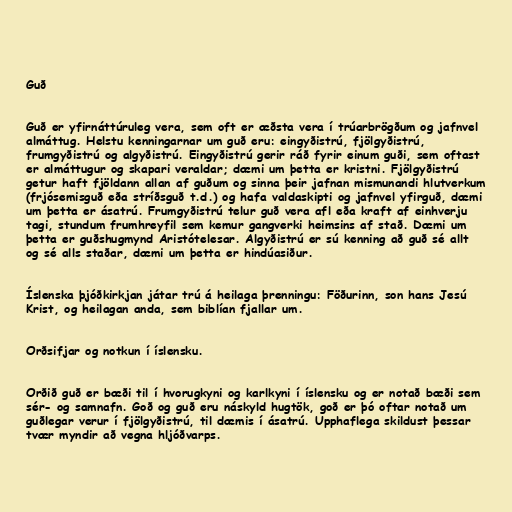
Guð

Guð er yfirnáttúruleg vera, sem oft er æðsta vera í trúarbrögðum og jafnvel
almáttug. Helstu kenningarnar um guð eru: eingyðistrú, fjölgyðistrú,
frumgyðistrú og algyðistrú. Eingyðistrú gerir ráð fyrir einum guði, sem oftast
er almáttugur og skapari veraldar; dæmi um þetta er kristni. Fjölgyðistrú
getur haft fjöldann allan af guðum og sinna þeir jafnan mismunandi hlutverkum
(frjósemisguð eða stríðsguð t.d.) og hafa valdaskipti og jafnvel yfirguð, dæmi
um þetta er ásatrú. Frumgyðistrú telur guð vera afl eða kraft af einhverju
tagi, stundum frumhreyfil sem kemur gangverki heimsins af stað. Dæmi um
þetta er guðshugmynd Aristótelesar. Algyðistrú er sú kenning að guð sé allt
og sé alls staðar, dæmi um þetta er hindúasiður.

Íslenska þjóðkirkjan játar trú á heilaga þrenningu: Föðurinn, son hans Jesú
Krist, og heilagan anda, sem biblían fjallar um.

Orðsifjar og notkun í íslensku.

Orðið guð er bæði til í hvorugkyni og karlkyni í íslensku og er notað bæði sem
sér- og samnafn. Goð og guð eru náskyld hugtök, goð er þó oftar notað um
guðlegar verur í fjölgyðistrú, til dæmis í ásatrú. Upphaflega skildust þessar
tvær myndir að vegna hljóðvarps.